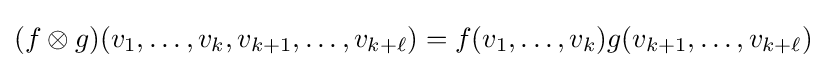
(f\otimes g)(v_{1},\ldots ,v_{k},v_{k+1},\ldots ,v_{k+\ell })=f(v_{1},\ldots ,v_{k})g(v_{k+1},\ldots ,v_{k+\ell })